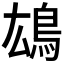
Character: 𩿅